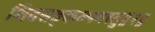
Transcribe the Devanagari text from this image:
शिवसङ्कल्पमस्तु॥२॥